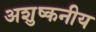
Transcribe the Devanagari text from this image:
अशुष्कनीय